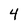
Character: 4